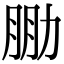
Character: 𠡮